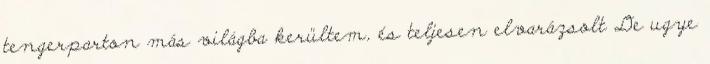
tengerparton más világba kerültem, és teljesen elvarázsolt De ugye